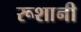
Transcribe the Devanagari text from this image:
रूशानी